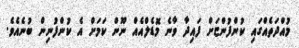
މުއްދަތެއްގައި ކުންފުންޏަށް ފައިދާ ވާނެ މޮޑެލްއެއް ނޫން ކަމަށް އެ ކުންފުނިން ބުނެއެވެ.